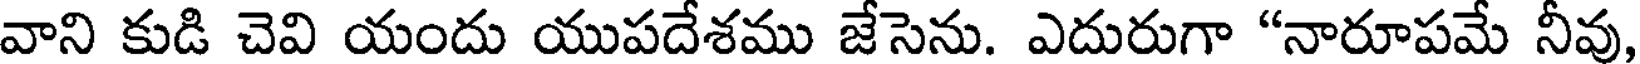
వాని కుడి చెవి యందు యుపదేశము జేసెను. ఎదురుగా "నారూపమే నీవు,